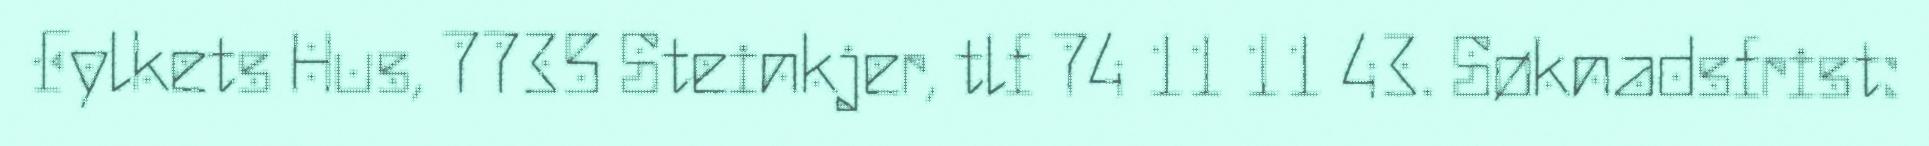
Fylkets Hus, 7735 Steinkjer, tlf 74 11 11 43. Søknadsfrist: